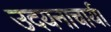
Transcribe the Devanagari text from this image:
उदयनाचार्य।